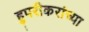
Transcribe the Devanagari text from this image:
हुपरीकरांच्या